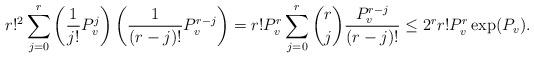
LaTeX: \begin{align*}r!^2 \sum_{j=0}^r \left(\frac{1}{j!} P_v^j\right)\left(\frac{1}{(r-j)!} P_v^{r-j}\right) = r!P_v^r \sum_{j=0}^r \binom{r}{j} \frac{P_v^{r-j}}{(r-j)!} \leq 2^r r! P_v^r \exp(P_v).\end{align*}